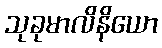
သုခုမာလိနိယော